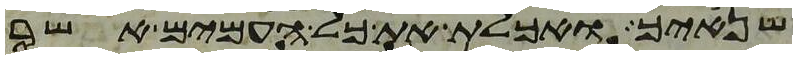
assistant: שנאיך ואכלת את כל העמים אשר